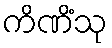
ကိဏိံသု